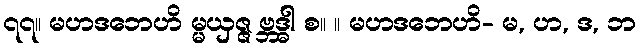
၇၇။ မဟဒဘေဟိ မ္မယှဇ္ဇ ဗ္ဘဒ္ဓါ စ။ ။ မဟဒဘေဟိ- မ, ဟ, ဒ, ဘ